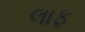
લાફ